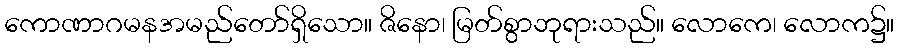
ကောဏာဂမနအမည်တော်ရှိသော။ ဇိနော၊ မြတ်စွာဘုရားသည်။ လောကေ၊ လောက၌။